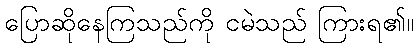
ပြောဆိုနေကြသည်ကို ငမဲသည် ကြားရ၏။